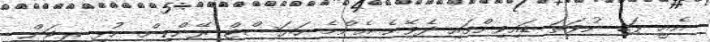
އެއީ ޕަޑި ނުވަތަ ޑައިވިންގައި ދެވޭނެ އެންމެ ހަޔަސްޓް ރޭންކިން. މުޅި ރީޖަން